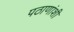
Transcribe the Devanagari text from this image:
पठाणांशी